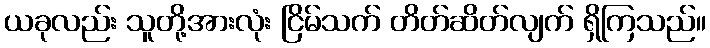
ယခုလည်း သူတို့အားလုံး ငြိမ်သက် တိတ်ဆိတ်လျက် ရှိကြသည်။